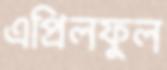
এপ্রিলফুল